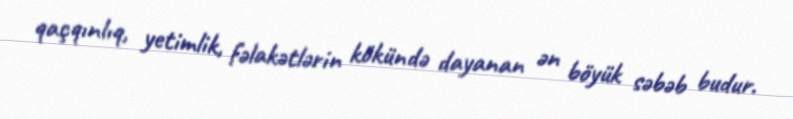
qaçqınlıq, yetimlik, fəlakətlərin kökündə dayanan ən böyük səbəb budur.